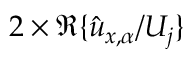
2 \times \mathfrak { R } \{ \hat { u } _ { x , \alpha } / U _ { j } \}